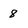
Character: 8